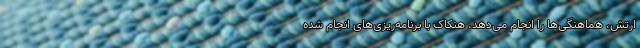
ارتش، هماهنگی‌ها را انجام می‌دهد. هنکاک با برنامه‌ریزی‌های انجام شده